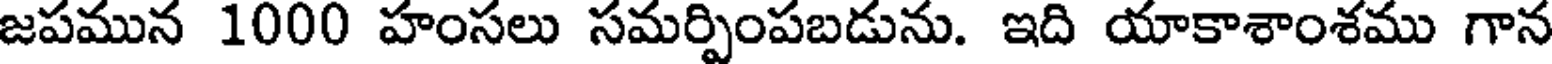
జపమున 1000 హంసలు సమర్పింపబడును. ఇది యాకాశాంశము గాన